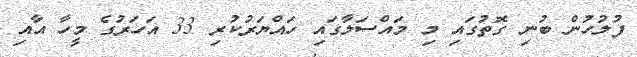
ފުލުހުން ބުނި ގޮތުގައި މި މައްސަލާގައި ހައްޔަރުކުރި 33 އަހަރުގެ މީހާ އާއި